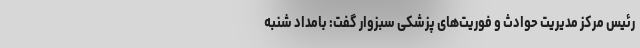
رئیس مرکز مدیریت حوادث و فوریت‌های پزشکی سبزوار گفت: بامداد شنبه